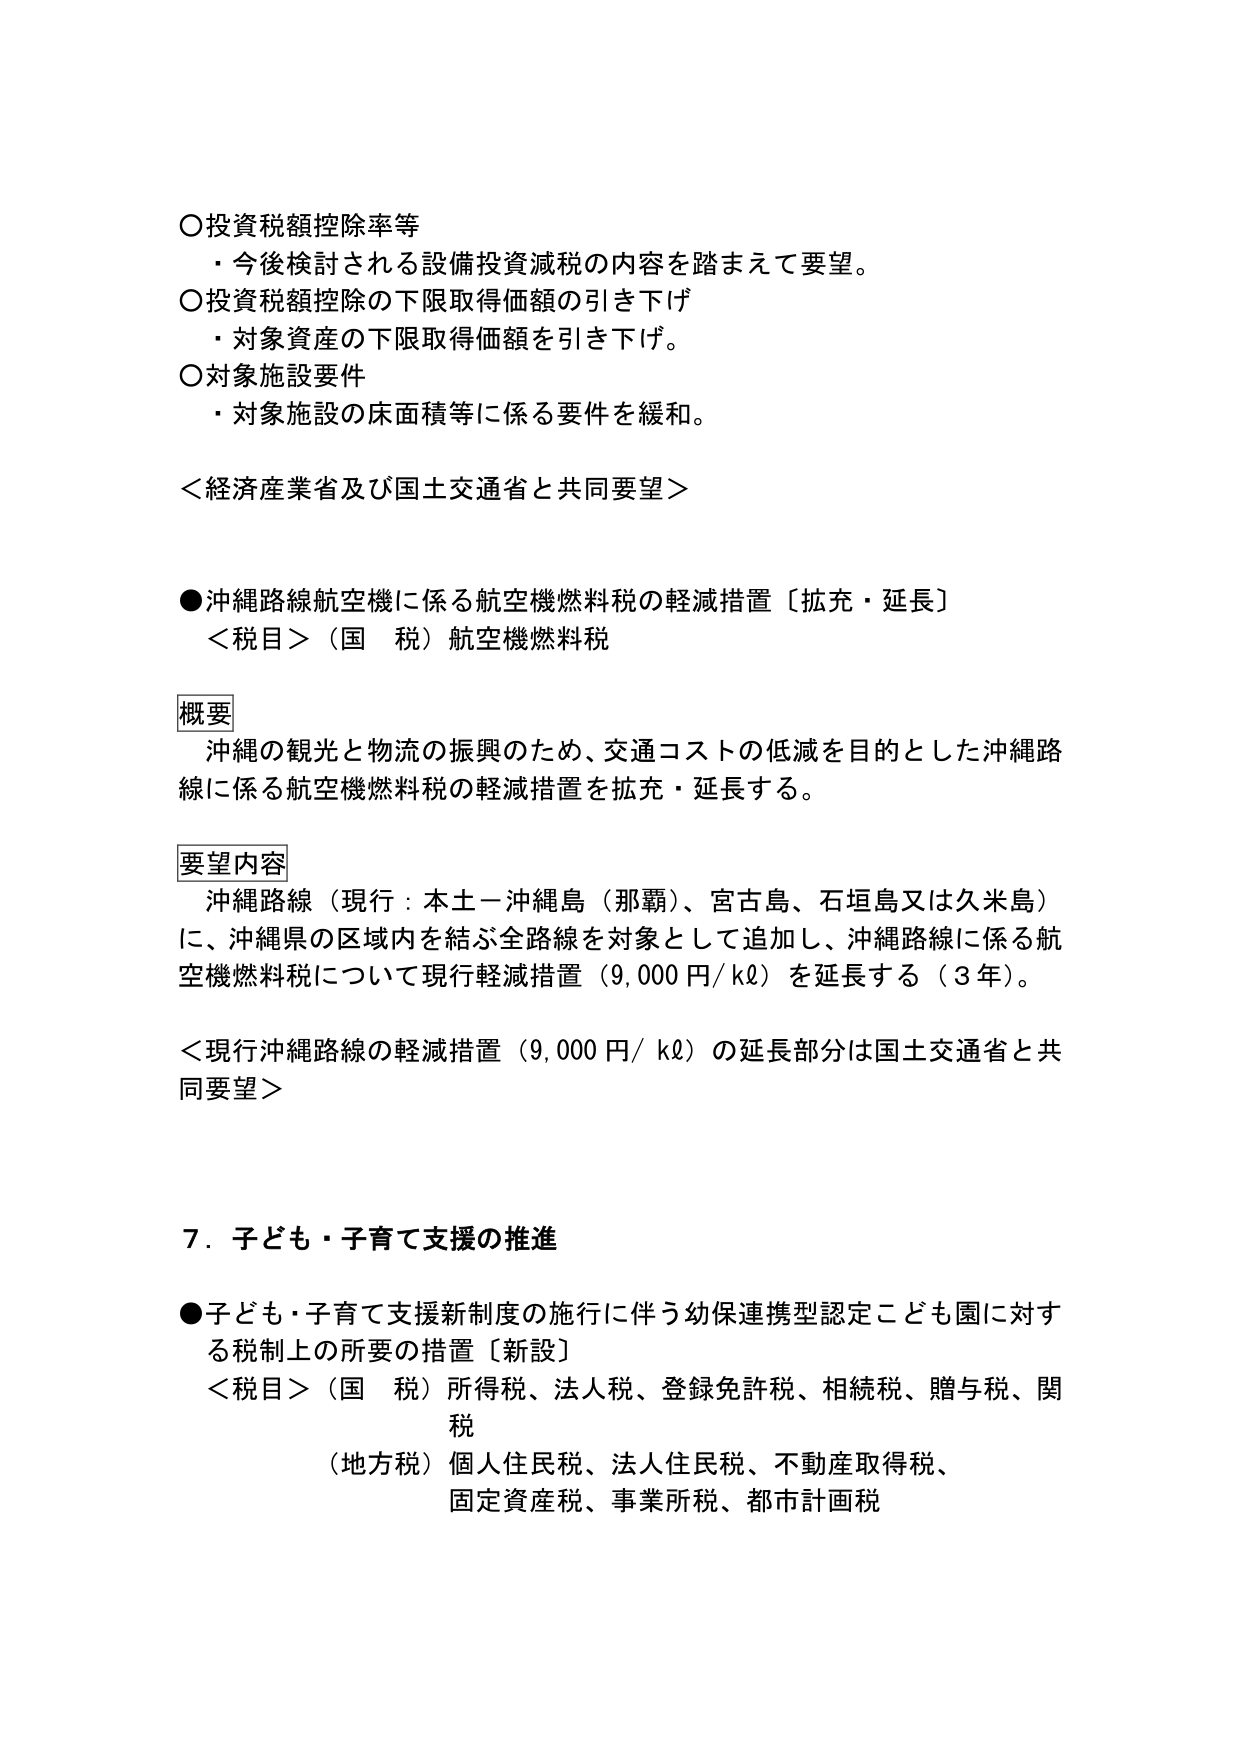
○投資税額控除率等
・今後検討される設備投資減税の内容を踏まえて要望。
○投資税額控除の下限取得価額の引き下げ
・対象資産の下限取得価額を引き下げ。
○対象施設要件
・対象施設の床面積等に係る要件を緩和。

＜経済産業省及び国土交通省と共同要望＞

●沖縄路線航空機に係る航空機燃料税の軽減措置〔拡充・延長〕
＜税目＞（国　税）航空機燃料税

概要
沖縄の観光と物流の振興のため、交通コストの低減を目的とした沖縄路
線に係る航空機燃料税の軽減措置を拡充・延長する。

要望内容
沖縄路線（現行：本土－沖縄島（那覇）、宮古島、石垣島又は久米島）
に、沖縄県の区域内を結ぶ全路線を対象として追加し、沖縄路線に係る航
空機燃料税について現行軽減措置（9,000 円/kℓ）を延長する（3 年）。

＜現行沖縄路線の軽減措置（9,000 円/kℓ）の延長部分は国土交通省と共
同要望＞

７．子ども・子育て支援の推進

●子ども・子育て支援新制度の施行に伴う幼保連携型認定こども園に対す
る税制上の所要の措置〔新設〕
＜税目＞（国　税）所得税、法人税、登録免許税、相続税、贈与税、関
税
（地方税）個人住民税、法人住民税、不動産取得税、
固定資産税、事業所税、都市計画税